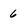
Character: 6